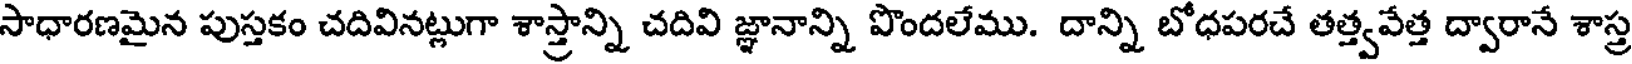
సాధారణమైన పుస్తకం చదివినట్లుగా శాస్త్రాన్ని చదివి జ్ఞానాన్ని పొందలేము. దాన్ని బోధపరచే తత్త్వవేత్త ద్వారానే శాస్త్ర